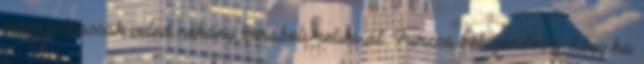
megoszthassak veled néhány korabeli relikviát. Furcsa belegondolni, hogy ha